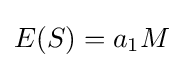
E(S)=a_{1}M